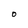
Character: O